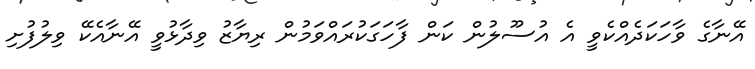
އޭނާގެ ވާހަކަދެެއްކެވީ އެ އުސޫލުން ކަން ފާހަގަކުރައްވަމުން ރިޔާޒު ވިދާޅުވީ އޭނާއެކޭ ވިލުފުށި